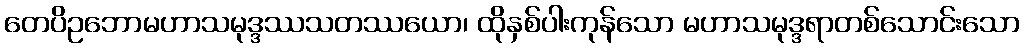
တေပိဥဘောမဟာသမုဒ္ဒဿသတဿယော၊ ထိုနှစ်ပါးကုန်သော မဟာသမုဒ္ဒရာတစ်သောင်းသော